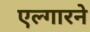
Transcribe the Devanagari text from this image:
एल्गारने